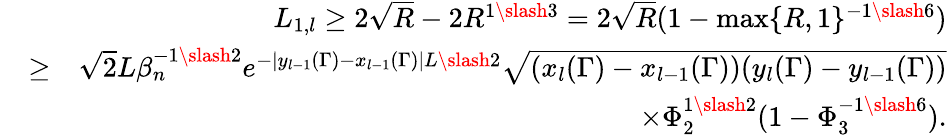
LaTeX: \begin{array}{rlr}&{}&{L_{1,l}\geq 2\sqrt{R}-2R^{1\slash 3}=2\sqrt{R}(1-\operatorname*{max}\{ R,1\} ^{-1\slash 6})}\\ &{\geq}&{\sqrt{2}L\beta_{n}^{-1\slash 2}e^{-|y_{l-1}(\Gamma)-x_{l-1}(\Gamma)|L\slash 2}\sqrt{(x_{l}(\Gamma)-x_{l-1}(\Gamma))(y_{l}(\Gamma)-y_{l-1}(\Gamma))}}\\ &{}&{\times\Phi_{2}^{1\slash 2}(1-\Phi_{3}^{-1\slash 6}).}\end{array}